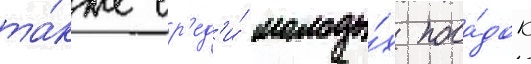
та́кже ср'ед'и́ молоды́х поса́док